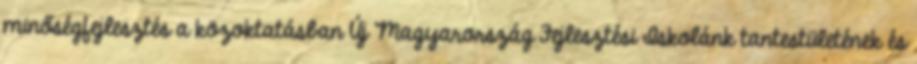
minőségfejlesztés a közoktatásban Új Magyarország Fejlesztési Iskolánk tantestületének és